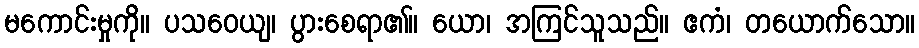
မကောင်းမှုကို။ ပသဝေယျ၊ ပွားစေရာ၏။ ယော၊ အကြင်သူသည်။ ဧကံ၊ တယောက်သော။